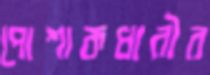
পোশাকধারীর